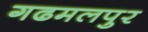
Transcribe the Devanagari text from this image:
गढमलपुर